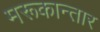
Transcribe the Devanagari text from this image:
मरूकान्तार